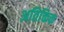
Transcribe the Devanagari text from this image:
अतिक्तिक